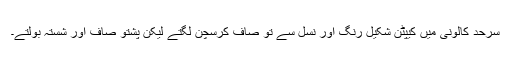
سرحد کالونی میں کیپٹن شکیل رنگ اور نسل سے تو صاف کرسچن لگتے لیکن پشتو صاف اور شستہ بولتے۔